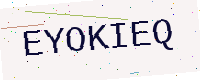
Text: EYOKIEQ